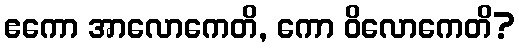
ဧကော အာလောကေတိ, ကော ဝိလောကေတိ?